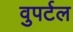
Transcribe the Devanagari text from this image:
वुपर्टल